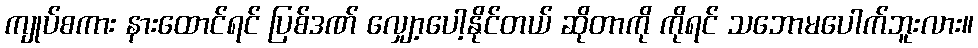
ကျုပ်စကား နားထောင်ရင် ပြစ်ဒဏ် လျှော့ပေါ့နိုင်တယ် ဆိုတာကို ကိုရင် သဘောမပေါက်ဘူးလား။